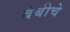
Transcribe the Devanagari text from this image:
बेबीचे